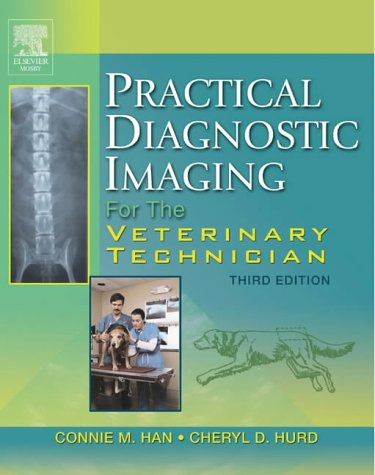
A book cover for Practical Diagnostic Imaging for the Veterinary Technician, 3e; Connie M. Han RVT; Medical Books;